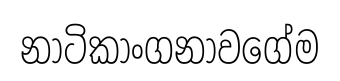
නාටිකාංගනාවගේම